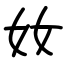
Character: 奻